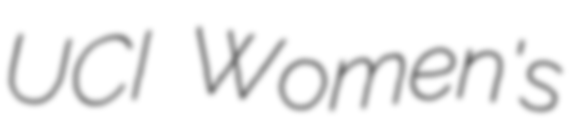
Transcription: UCI Women's